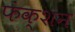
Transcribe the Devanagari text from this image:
फंक्‍शन